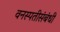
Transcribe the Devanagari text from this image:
वनस्पतीसंबंधी